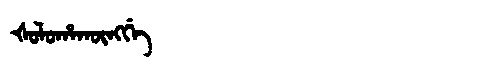
Manchu: ᡧᠣᠯᠣᡥᠠᡴᡡᠩᡤᡝ
Romanization: ŠOLOHAKŪNGGE